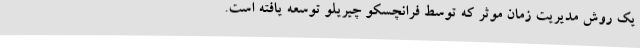
یک روش مدیریت زمان موثر که توسط فرانچسکو چیریلو توسعه‌ یافته ‌است.